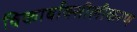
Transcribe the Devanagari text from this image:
विकार्बाक्सीलीकरण